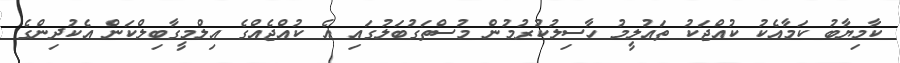
ކާމިޔާބު ކަމާއެކު ކުއްޖަކު ތައުލީމު ހާސިލުކުރުމުން މުސްތަގުބަލުގައި އެ ކުއްޖެއްގެ އިލްމީގާބިލްކަން އެކުދިންގެ